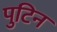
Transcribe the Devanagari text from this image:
पुटिन